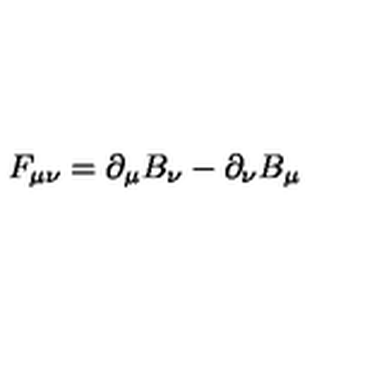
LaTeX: F _ { \mu \nu } = \partial _ { \mu } B _ { \nu } - \partial _ { \nu } B _ { \mu } \qquad